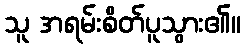
သူ အရမ်းစိတ်ပူသွား၏။